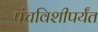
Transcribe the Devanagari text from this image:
पंचविशीपर्यंत